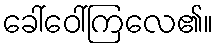
ခေါ်ဝေါ်ကြလေ၏။